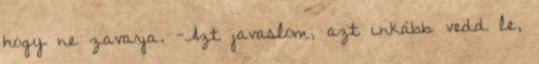
hogy ne zavarja. -Azt javaslom, azt inkább vedd le,